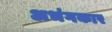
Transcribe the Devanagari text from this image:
अभंगकार